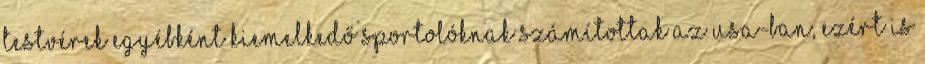
testvérek egyébként kiemelkedő sportolóknak számítottak az USA-ban, ezért is